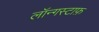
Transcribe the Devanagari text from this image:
लॉन्गस्टाफ़